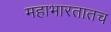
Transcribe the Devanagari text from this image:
महाभारतातच